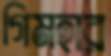
গিমহার